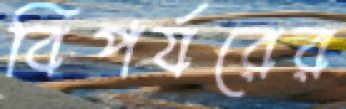
বিপর্যরের